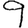
Digit: 9